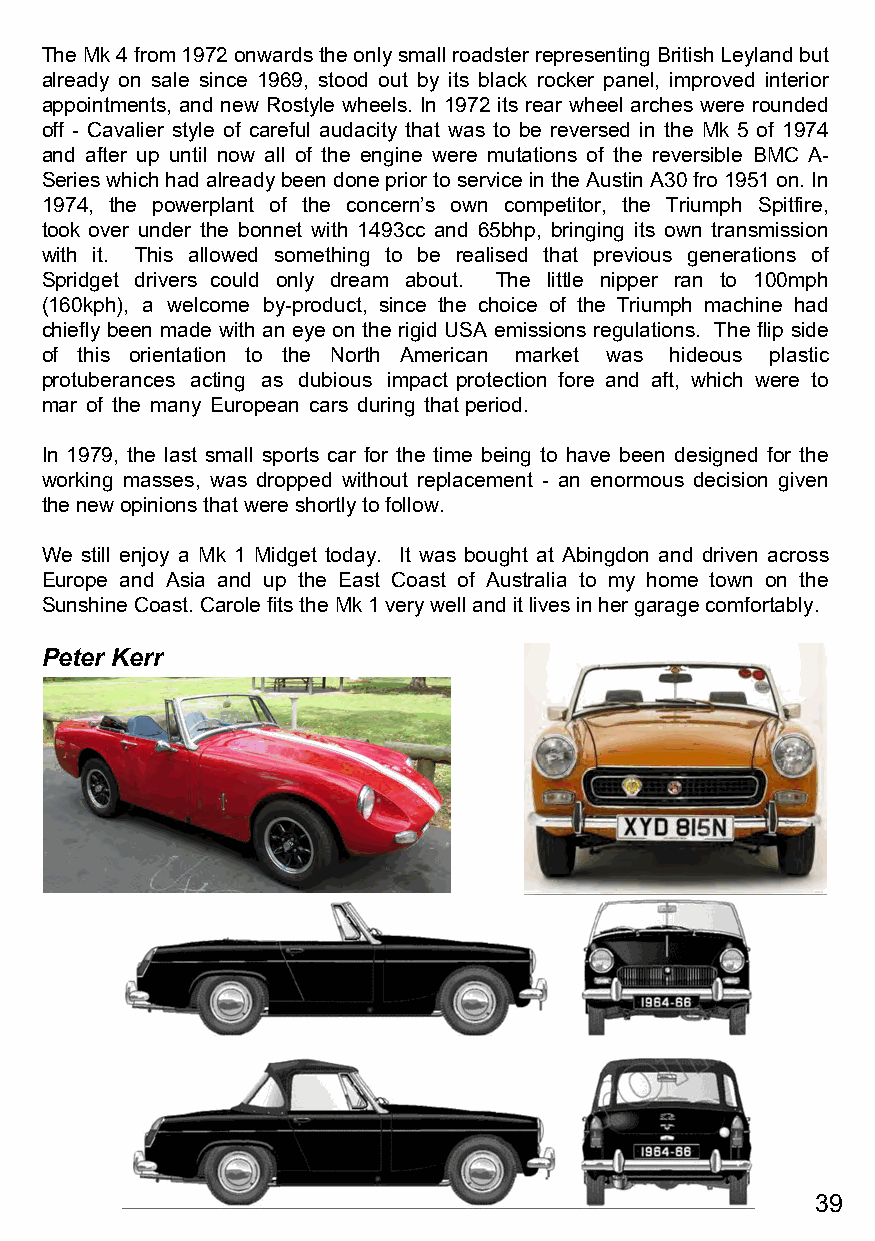
The Mk 4 from 1972 onwards the only small roadster representing British Leyland but
 already on sale since 1969, stood out by its black rocker panel, improved interior
 appointments, and new Rostyle wheels. In 1972 its rear wheel arches were rounded
 off - Cavalier style of careful audacity that was to be reversed in the Mk 5 of 1974
 and after up until now all of the engine were mutations of the reversible BMC A-
 Series which had already been done prior to service in the Austin A30 fro 1951 on. In
 1974, the powerplant of the concern’s own competitor, the Triumph Spitfire,
 took over under the bonnet with 1493cc and 65bhp, bringing its own transmission
 with it. This allowed something to be realised that previous generations of
 Spridget drivers could only dream about. The little nipper ran to 100mph
 (160kph), a welcome by-product, since the choice of the Triumph machine had
 chiefly been made with an eye on the rigid USA emissions regulations. The flip side
 of this orientation to the North American market was hideous plastic
 protuberances acting as dubious impact protection fore and aft, which were to
 mar of the many European cars during that period.
 In 1979, the last small sports car for the time being to have been designed for the
 working masses, was dropped without replacement - an enormous decision given
 the new opinions that were shortly to follow.
 We still enjoy a Mk 1 Midget today. It was bought at Abingdon and driven across
 Europe and Asia and up the East Coast of Australia to my home town on the
 Sunshine Coast. Carole fits the Mk 1 very well and it lives in her garage comfortably.
 Peter Kerr
 39